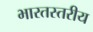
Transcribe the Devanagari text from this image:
भारतस्तरीय